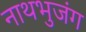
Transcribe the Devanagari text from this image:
नाथभुजंग